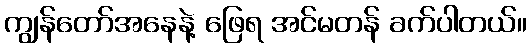
ကျွန်တော်အနေနဲ့ ဖြေရ အင်မတန် ခက်ပါတယ်။